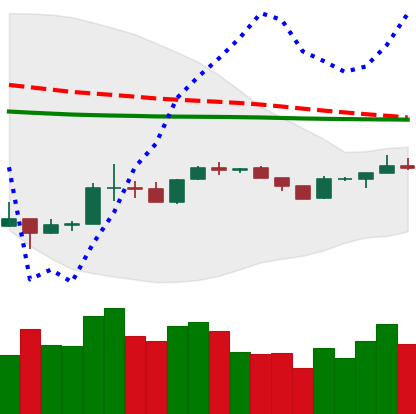
Ticker: BTC-USD
Chart end date: 2020-04-03
Forward return: 8.921%
Label: up_7plus